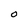
Character: O